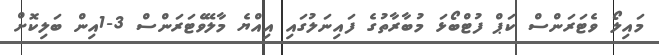
މައިލޯ ވެޓަރަންސް ކަޕް ފުޓްބޯޅަ މުބާރާތުގެ ފައިނަލުގައި އިއްޔެ މާލޭވެޓަރަންސް 3-1އިން ބަލިކޮށް